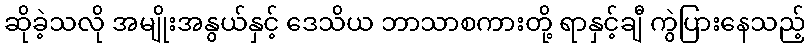
ဆိုခဲ့သလို အမျိုးအနွယ်နှင့် ဒေသိယ ဘာသာစကားတို့ ရာနှင့်ချီ ကွဲပြားနေသည့်